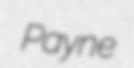
Payne